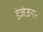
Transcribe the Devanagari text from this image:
डेजेउनर